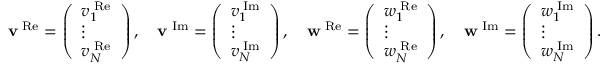
\begin{array} { r } { \mathbf { v } ^ { \mathrm { \tiny \mathrm { ~ R e } } } = \left( \begin{array} { l } { v _ { 1 } ^ { \mathrm { \tiny \mathrm { ~ R e } } } } \\ { \vdots } \\ { v _ { N } ^ { \mathrm { \tiny \mathrm { ~ R e } } } } \end{array} \right) , \quad \mathbf { v } ^ { \mathrm { \tiny \mathrm { ~ I m } } } = \left( \begin{array} { l } { v _ { 1 } ^ { \mathrm { \tiny \mathrm { ~ I m } } } } \\ { \vdots } \\ { v _ { N } ^ { \mathrm { \tiny \mathrm { ~ I m } } } } \end{array} \right) , \quad \mathbf { w } ^ { \mathrm { \tiny \mathrm { ~ R e } } } = \left( \begin{array} { l } { w _ { 1 } ^ { \mathrm { \tiny \mathrm { ~ R e } } } } \\ { \vdots } \\ { w _ { N } ^ { \mathrm { \tiny \mathrm { ~ R e } } } } \end{array} \right) , \quad \mathbf { w } ^ { \mathrm { \tiny \mathrm { ~ I m } } } = \left( \begin{array} { l } { w _ { 1 } ^ { \mathrm { \tiny \mathrm { ~ I m } } } } \\ { \vdots } \\ { w _ { N } ^ { \mathrm { \tiny \mathrm { ~ I m } } } } \end{array} \right) . } \end{array}